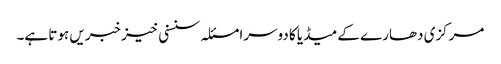
مرکزی دھارے کے میڈیا کا دوسرا مسئلہ سنسنی خیز خبریں ہوتا ہے۔